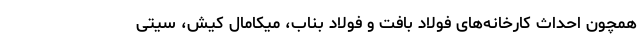
همچون احداث کارخانه‌های فولاد بافت و فولاد بناب، میکامال کیش، سیتی